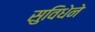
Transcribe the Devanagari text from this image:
सुविधेने